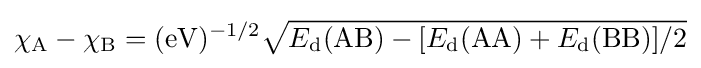
\chi _{\rm {A}}-\chi _{\rm {B}}=({\rm {eV}})^{-1/2}{\sqrt {E_{\rm {d}}({\rm {AB}})-[E_{\rm {d}}({\rm {AA}})+E_{\rm {d}}({\rm {BB}})]/2}}